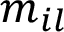
\boldsymbol { m } _ { i l }